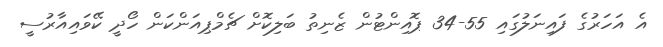
އެ އަހަރުގެ ފައިނަލުގައި 55-34 ޕޮއިންޓުން ޒެނިތު ބަލިކޮށް ޗެމްޕިއަންކަން ހޯދީ ކޭވައިއާރުސީ